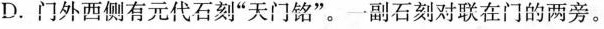
D.门外西侧有元代石刻”天门铭”。一副石刻对联在门的两旁。